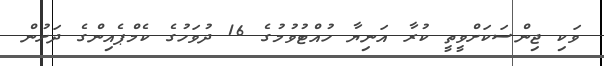
ވަކި ޖިންސަކަށްވީތީ ކުރާ އަނިޔާ ހުއްޓުވުމުގެ 16 ދުވަހުގެ ކެމްޕެއިންގެ ދަށުން